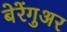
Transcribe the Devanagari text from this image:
बेरेंगुअर